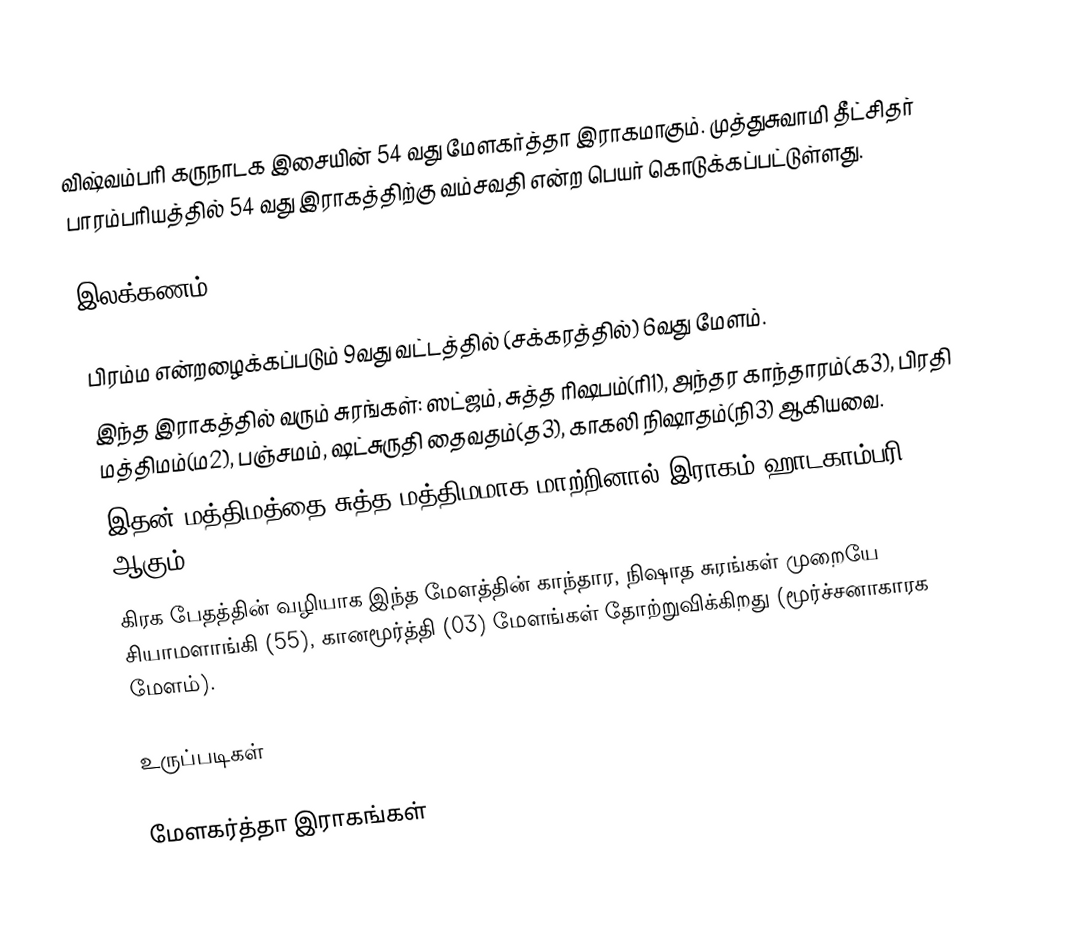
விஷ்வம்பரி கருநாடக இசையின் 54 வது மேளகர்த்தா இராகமாகும். முத்துசுவாமி தீட்சிதர் பாரம்பரியத்தில் 54 வது இராகத்திற்கு வம்சவதி என்ற பெயர் கொடுக்கப்பட்டுள்ளது.

இலக்கணம்

 பிரம்ம என்றழைக்கப்படும் 9வது  வட்டத்தில் (சக்கரத்தில்) 6வது மேளம்.
 இந்த இராகத்தில் வரும் சுரங்கள்: ஸட்ஜம், சுத்த ரிஷபம்(ரி1), அந்தர காந்தாரம்(க3), பிரதி மத்திமம்(ம2), பஞ்சமம், ஷட்சுருதி தைவதம்(த3), காகலி நிஷாதம்(நி3) ஆகியவை.
 இதன் மத்திமத்தை சுத்த மத்திமமாக மாற்றினால் இராகம் ஹாடகாம்பரி (18) ஆகும்.
 கிரக பேதத்தின் வழியாக இந்த மேளத்தின் காந்தார, நிஷாத சுரங்கள் முறையே சியாமளாங்கி (55), கானமூர்த்தி (03) மேளங்கள் தோற்றுவிக்கிறது (மூர்ச்சனாகாரக மேளம்).

உருப்படிகள்

மேளகர்த்தா இராகங்கள்